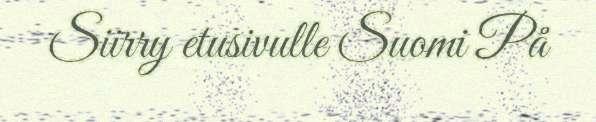
Siirry etusivulle Suomi På